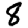
Digit: 8